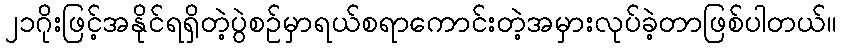
၂၁ဂိုးဖြင့်အနိုင်ရရှိတဲ့ပွဲစဉ်မှာရယ်စရာကောင်းတဲ့အမှားလုပ်ခဲ့တာဖြစ်ပါတယ်။